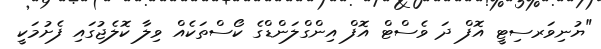
"ޔުނިވަރސިޓީ އޮފް ދަ ވެސްޓް އޮފް އިންގްލަންޑްގެ ކޯސްތަކެއް ވިލާ ކޮލެޖުގައި ފެށުމަކީ